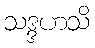
သဒ္ဒဟသိ